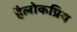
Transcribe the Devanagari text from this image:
हैलोकप्रिय